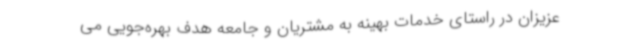
عزیزان در راستای خدمات بهینه به مشتریان و جامعه هدف بهره‌جویی می‌